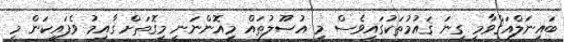
ބައިނަލްއަޤްވާމީ ގިނަ ޤައުމުތަކުގައިވެސް މި އުޞޫލުތައް މިއޮންނަނީ މިގޮތަށް ޤާއިމު ވެފައިކަން މި